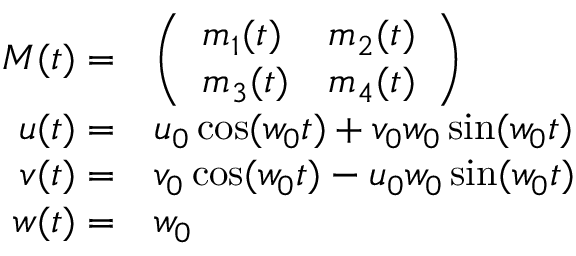
\begin{array} { r l } { M ( t ) = } & { \left( \begin{array} { l l } { m _ { 1 } ( t ) } & { m _ { 2 } ( t ) } \\ { m _ { 3 } ( t ) } & { m _ { 4 } ( t ) } \end{array} \right) } \\ { u ( t ) = } & { u _ { 0 } \cos ( w _ { 0 } t ) + v _ { 0 } w _ { 0 } \sin ( w _ { 0 } t ) } \\ { v ( t ) = } & { v _ { 0 } \cos ( w _ { 0 } t ) - u _ { 0 } w _ { 0 } \sin ( w _ { 0 } t ) } \\ { w ( t ) = } & { w _ { 0 } } \end{array}